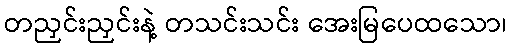
တညှင်းညှင်းနဲ့ တသင်းသင်း အေးမြပေထသော၊